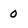
Character: 0